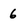
Character: 6